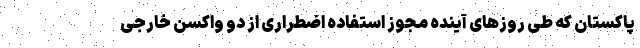
پاکستان که طی روزهای آینده مجوز استفاده اضطراری از دو واکسن خارجی